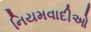
નિયમવાદીઓ